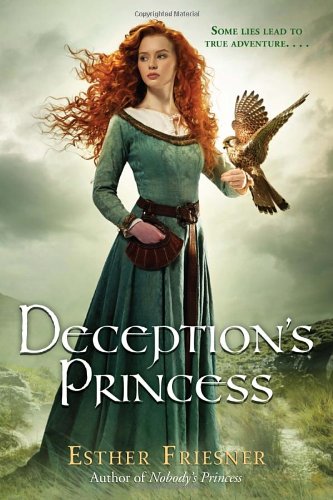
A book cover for Deception's Princess (Princesses of Myth); Esther Friesner; Teen & Young Adult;